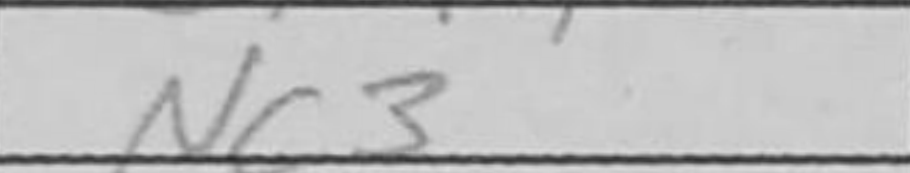
Transcription: Nc3